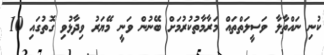
ކުނި ނައްތާލާ ވަސީލަތްތައް މަރާމާތުކުރުމަށް ބޭނުން ވަނީ މޭޔަރު ވިދާޅުވި ގޮތުގައި 10